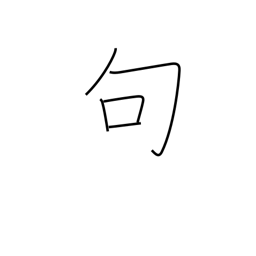
Meaning: phrase